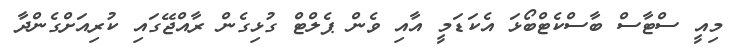
މިއީ ސްޓާސް ބާސްކެޓްބޯޅަ އެކަޑަމީ އާއި ވެން ޕެލްޓް ގުޅިގެން ރާއްޖޭގައި ކުރިއަށްގެންދާ